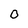
Character: 0